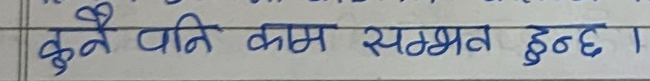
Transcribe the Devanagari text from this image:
कुनै पनि काम सम्भवत हुन्छ।